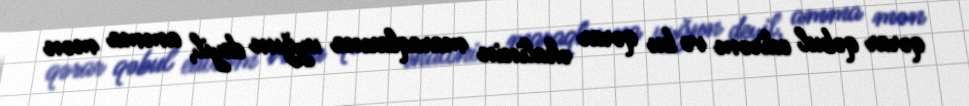
qərar qəbul edirəm və bu qərar əhalinin maraqlarına uyğun deyil, amma mən